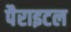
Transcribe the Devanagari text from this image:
पैराइटल